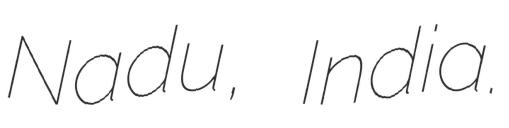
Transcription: Nadu, India.